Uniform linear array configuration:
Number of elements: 32
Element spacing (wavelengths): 0.75
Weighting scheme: binomial
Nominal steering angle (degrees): -60
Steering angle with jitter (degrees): -58.774
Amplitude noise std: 0.05
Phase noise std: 0.05

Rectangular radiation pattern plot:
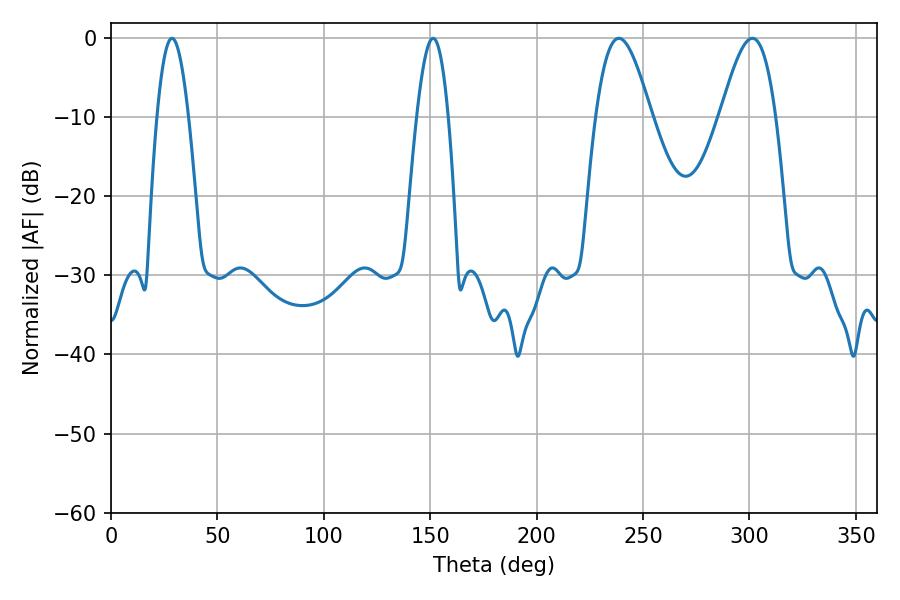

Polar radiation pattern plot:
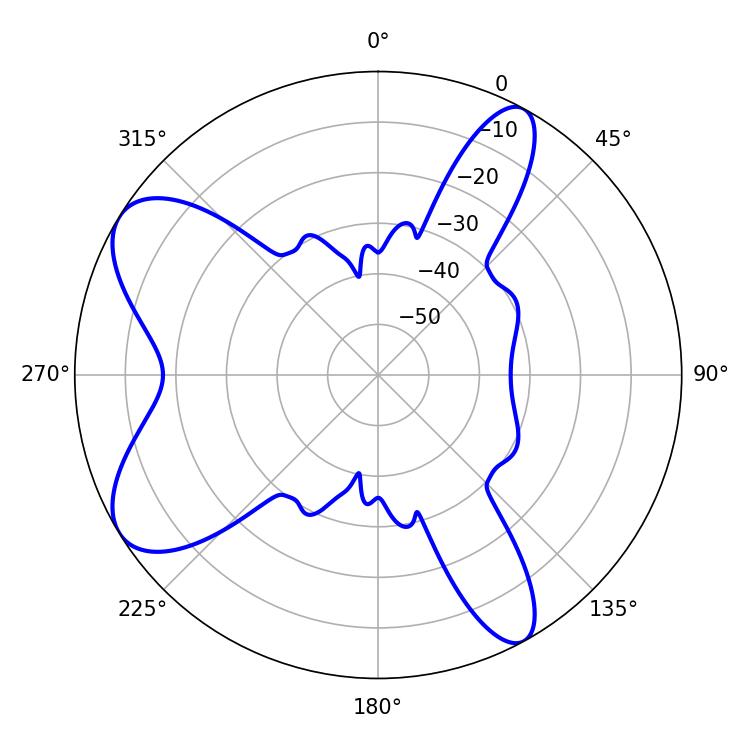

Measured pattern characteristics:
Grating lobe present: TRUE
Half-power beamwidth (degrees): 13.86
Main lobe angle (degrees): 301.32